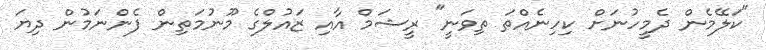
"ކަލޭމެން ދެމީހުނަށް ކިހިނެއްތަ ތިވަނީ" ރީޝަމް އާއި ޒައުލްގެ މޫނުމަތިން ފެންނަމުން ދިޔަ